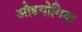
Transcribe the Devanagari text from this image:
औद्दयोगिक